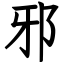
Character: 邪